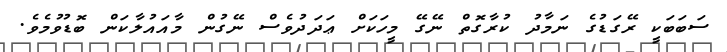
ސަބަބަކީ ރޭގަޑުގެ ނަމާދު ކުރާގޮތް ނޭގޭ މީހަކަށް ޢަދަދުވެސް ނޭގުން މާއައުލާކަން ބޮޑުވުމެވެ.